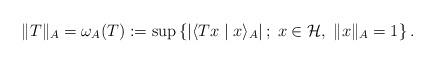
LaTeX: \begin{align*}\|T\|_{A}=\omega_A(T):=\sup\left\{|\langle Tx\mid x\rangle_{A}|\,;\;x\in \mathcal{H},\;\|x\|_{A}= 1\right\}.\end{align*}